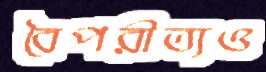
বৈপরীত্যও